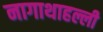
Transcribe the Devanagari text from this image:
नागाथाहल्ली